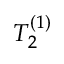
T _ { 2 } ^ { ( 1 ) }